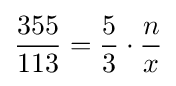
{\frac {355}{113}}={\frac {5}{3}}\cdot {\frac {n}{x}}